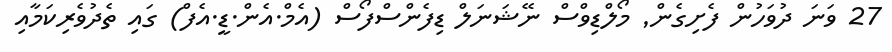
27 ވަނަ ދުވަހުން ފެށިގެން